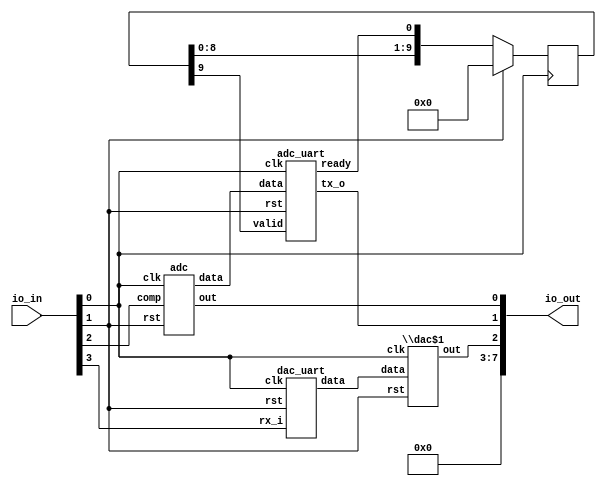
/* Generated by Yosys 0.22+1 (git sha1 c4a52b1b0, clang 14.0.0-1ubuntu1 -fPIC -Os) */

module adamgreig_tt02_adc_dac(io_in, io_out);
  reg \$auto$verilog_backend.cc:2083:dump_module$1  = 0;
  wire adc_comp;
  wire [11:0] adc_data;
  wire adc_out;
  wire [11:0] adc_uart_data;
  wire adc_uart_ready;
  wire adc_uart_tx_o;
  wire adc_uart_valid;
  wire clk;
  wire [7:0] dac_data;
  wire dac_out;
  wire [7:0] dac_uart_data;
  wire dac_uart_rx_i;
  input [7:0] io_in;
  wire [7:0] io_in;
  output [7:0] io_out;
  wire [7:0] io_out;
  reg [9:0] ready_sr = 10'h000;
  reg [9:0] \ready_sr$next ;
  wire rst;
  always @(posedge clk)
    ready_sr <= \ready_sr$next ;
  adc adc (
    .clk(clk),
    .comp(adc_comp),
    .data(adc_data),
    .out(adc_out),
    .rst(rst)
  );
  adc_uart adc_uart (
    .clk(clk),
    .data(adc_uart_data),
    .ready(adc_uart_ready),
    .rst(rst),
    .tx_o(adc_uart_tx_o),
    .valid(adc_uart_valid)
  );
  \dac$1  dac (
    .clk(clk),
    .data(dac_data),
    .out(dac_out),
    .rst(rst)
  );
  dac_uart dac_uart (
    .clk(clk),
    .data(dac_uart_data),
    .rst(rst),
    .rx_i(dac_uart_rx_i)
  );
  always @* begin
    if (\$auto$verilog_backend.cc:2083:dump_module$1 ) begin end
    \ready_sr$next  = { ready_sr[8:0], adc_uart_ready };
    casez (rst)
      1'h1:
          \ready_sr$next  = 10'h000;
    endcase
  end
  assign dac_uart_rx_i = io_in[3];
  assign dac_data = dac_uart_data;
  assign adc_uart_valid = ready_sr[9];
  assign adc_uart_data = adc_data;
  assign io_out[2] = dac_out;
  assign io_out[1] = adc_uart_tx_o;
  assign io_out[0] = adc_out;
  assign io_out[7:3] = 5'h00;
  assign adc_comp = io_in[2];
  assign rst = io_in[1];
  assign clk = io_in[0];
endmodule

module adc(rst, comp, out, data, clk);
  reg \$auto$verilog_backend.cc:2083:dump_module$2  = 0;
  wire [12:0] \$1 ;
  wire [12:0] \$2 ;
  wire [12:0] \$4 ;
  wire [12:0] \$5 ;
  input clk;
  wire clk;
  input comp;
  wire comp;
  wire [11:0] dac_data;
  wire dac_out;
  output [11:0] data;
  reg [11:0] data = 12'h000;
  reg [11:0] \data$next ;
  output out;
  wire out;
  input rst;
  wire rst;
  assign \$2  = data - 1'h1;
  assign \$5  = data + 1'h1;
  always @(posedge clk)
    data <= \data$next ;
  dac dac (
    .clk(clk),
    .data(dac_data),
    .out(dac_out),
    .rst(rst)
  );
  always @* begin
    if (\$auto$verilog_backend.cc:2083:dump_module$2 ) begin end
    (* full_case = 32'd1 *)
    casez (comp)
      1'h1:
          \data$next  = \$2 [11:0];
      default:
          \data$next  = \$5 [11:0];
    endcase
    casez (rst)
      1'h1:
          \data$next  = 12'h000;
    endcase
  end
  assign \$1  = \$2 ;
  assign \$4  = \$5 ;
  assign dac_data = data;
  assign out = dac_out;
endmodule

module adc_uart(rst, tx_o, data, ready, valid, clk);
  reg \$auto$verilog_backend.cc:2083:dump_module$3  = 0;
  wire \$1 ;
  wire [8:0] \$10 ;
  wire [7:0] \$3 ;
  wire [6:0] \$4 ;
  wire [8:0] \$7 ;
  wire [7:0] \$8 ;
  input clk;
  wire clk;
  input [11:0] data;
  wire [11:0] data;
  reg [11:0] data_reg = 12'h000;
  reg [11:0] \data_reg$next ;
  reg [2:0] fsm_state = 3'h0;
  reg [2:0] \fsm_state$next ;
  reg [3:0] nibble;
  output ready;
  reg ready;
  input rst;
  wire rst;
  output tx_o;
  wire tx_o;
  reg [7:0] uart_data;
  wire uart_ready;
  wire uart_tx_o;
  reg uart_valid;
  input valid;
  wire valid;
  assign \$10  = \$8  - 4'ha;
  always @(posedge clk)
    data_reg <= \data_reg$next ;
  always @(posedge clk)
    fsm_state <= \fsm_state$next ;
  assign \$1  = nibble < 4'ha;
  assign \$4  = nibble + 6'h30;
  assign \$3  = + \$4 ;
  assign \$8  = nibble + 7'h41;
  uart uart (
    .clk(clk),
    .data(uart_data),
    .ready(uart_ready),
    .rst(rst),
    .tx_o(uart_tx_o),
    .valid(uart_valid)
  );
  always @* begin
    if (\$auto$verilog_backend.cc:2083:dump_module$3 ) begin end
    (* full_case = 32'd1 *)
    casez (\$1 )
      1'h1:
          uart_data = \$3 ;
      default:
          uart_data = \$10 [7:0];
    endcase
    casez (fsm_state)
      3'h0:
          /* empty */;
      3'h1:
          /* empty */;
      3'h2:
          /* empty */;
      3'h3:
          /* empty */;
      3'h4:
          uart_data = 8'h0a;
    endcase
  end
  always @* begin
    if (\$auto$verilog_backend.cc:2083:dump_module$3 ) begin end
    ready = 1'h0;
    casez (fsm_state)
      3'h0:
          ready = uart_ready;
    endcase
  end
  always @* begin
    if (\$auto$verilog_backend.cc:2083:dump_module$3 ) begin end
    \data_reg$next  = data_reg;
    casez (fsm_state)
      3'h0:
          \data_reg$next  = data;
    endcase
    casez (rst)
      1'h1:
          \data_reg$next  = 12'h000;
    endcase
  end
  always @* begin
    if (\$auto$verilog_backend.cc:2083:dump_module$3 ) begin end
    \fsm_state$next  = fsm_state;
    casez (fsm_state)
      3'h0:
          casez (valid)
            1'h1:
                \fsm_state$next  = 3'h1;
          endcase
      3'h1:
          casez (uart_ready)
            1'h1:
                \fsm_state$next  = 3'h2;
          endcase
      3'h2:
          casez (uart_ready)
            1'h1:
                \fsm_state$next  = 3'h3;
          endcase
      3'h3:
          casez (uart_ready)
            1'h1:
                \fsm_state$next  = 3'h4;
          endcase
      3'h4:
          casez (uart_ready)
            1'h1:
                \fsm_state$next  = 3'h0;
          endcase
    endcase
    casez (rst)
      1'h1:
          \fsm_state$next  = 3'h0;
    endcase
  end
  always @* begin
    if (\$auto$verilog_backend.cc:2083:dump_module$3 ) begin end
    nibble = 4'h0;
    casez (fsm_state)
      3'h0:
          /* empty */;
      3'h1:
          nibble = data_reg[11:8];
      3'h2:
          nibble = data_reg[7:4];
      3'h3:
          nibble = data_reg[3:0];
    endcase
  end
  always @* begin
    if (\$auto$verilog_backend.cc:2083:dump_module$3 ) begin end
    uart_valid = 1'h0;
    casez (fsm_state)
      3'h0:
          /* empty */;
      3'h1:
          uart_valid = 1'h1;
      3'h2:
          uart_valid = 1'h1;
      3'h3:
          uart_valid = 1'h1;
      3'h4:
          uart_valid = 1'h1;
    endcase
  end
  assign \$7  = \$10 ;
  assign tx_o = uart_tx_o;
endmodule

module dac(rst, out, data, clk);
  reg \$auto$verilog_backend.cc:2083:dump_module$4  = 0;
  wire [12:0] \$1 ;
  reg [12:0] acc = 13'h0000;
  reg [12:0] \acc$next ;
  input clk;
  wire clk;
  input [11:0] data;
  wire [11:0] data;
  output out;
  wire out;
  input rst;
  wire rst;
  assign \$1  = acc[11:0] + data;
  always @(posedge clk)
    acc <= \acc$next ;
  always @* begin
    if (\$auto$verilog_backend.cc:2083:dump_module$4 ) begin end
    \acc$next  = \$1 ;
    casez (rst)
      1'h1:
          \acc$next  = 13'h0000;
    endcase
  end
  assign out = acc[12];
endmodule

module \dac$1 (rst, out, data, clk);
  reg \$auto$verilog_backend.cc:2083:dump_module$5  = 0;
  wire [8:0] \$1 ;
  reg [8:0] acc = 9'h000;
  reg [8:0] \acc$next ;
  input clk;
  wire clk;
  input [7:0] data;
  wire [7:0] data;
  output out;
  wire out;
  input rst;
  wire rst;
  assign \$1  = acc[7:0] + data;
  always @(posedge clk)
    acc <= \acc$next ;
  always @* begin
    if (\$auto$verilog_backend.cc:2083:dump_module$5 ) begin end
    \acc$next  = \$1 ;
    casez (rst)
      1'h1:
          \acc$next  = 9'h000;
    endcase
  end
  assign out = acc[8];
endmodule

module dac_uart(rst, data, rx_i, clk);
  reg \$auto$verilog_backend.cc:2083:dump_module$6  = 0;
  wire \$1 ;
  wire \$10 ;
  wire [4:0] \$12 ;
  wire [4:0] \$13 ;
  wire \$15 ;
  wire \$17 ;
  wire \$19 ;
  wire \$21 ;
  wire \$23 ;
  wire \$25 ;
  wire \$27 ;
  wire [4:0] \$3 ;
  wire [4:0] \$4 ;
  wire \$6 ;
  wire \$8 ;
  reg [3:0] bit_idx = 4'h0;
  reg [3:0] \bit_idx$next ;
  input clk;
  wire clk;
  reg [3:0] ctr = 4'h0;
  reg [3:0] \ctr$next ;
  output [7:0] data;
  reg [7:0] data = 8'h00;
  reg [7:0] \data$next ;
  reg fsm_state = 1'h0;
  reg \fsm_state$next ;
  input rst;
  wire rst;
  input rx_i;
  wire rx_i;
  reg [7:0] sr = 8'h00;
  reg [7:0] \sr$next ;
  reg valid = 1'h0;
  reg \valid$next ;
  assign \$10  = ~ rx_i;
  assign \$13  = ctr - 1'h1;
  assign \$15  = ! ctr;
  assign \$17  = ~ rx_i;
  assign \$1  = ! ctr;
  assign \$19  = ! ctr;
  assign \$21  = bit_idx == 4'h8;
  assign \$23  = ! ctr;
  assign \$25  = ! ctr;
  assign \$27  = bit_idx == 4'h8;
  always @(posedge clk)
    bit_idx <= \bit_idx$next ;
  always @(posedge clk)
    valid <= \valid$next ;
  always @(posedge clk)
    ctr <= \ctr$next ;
  always @(posedge clk)
    fsm_state <= \fsm_state$next ;
  always @(posedge clk)
    sr <= \sr$next ;
  always @(posedge clk)
    data <= \data$next ;
  assign \$4  = bit_idx + 1'h1;
  assign \$6  = ! ctr;
  assign \$8  = bit_idx == 4'h8;
  always @* begin
    if (\$auto$verilog_backend.cc:2083:dump_module$6 ) begin end
    \bit_idx$next  = bit_idx;
    (* full_case = 32'd1 *)
    casez (fsm_state)
      1'h0:
          \bit_idx$next  = 4'h0;
      1'h1:
          casez (\$1 )
            1'h1:
                \bit_idx$next  = \$4 [3:0];
          endcase
    endcase
    casez (rst)
      1'h1:
          \bit_idx$next  = 4'h0;
    endcase
  end
  always @* begin
    if (\$auto$verilog_backend.cc:2083:dump_module$6 ) begin end
    \valid$next  = valid;
    (* full_case = 32'd1 *)
    casez (fsm_state)
      1'h0:
          \valid$next  = 1'h0;
      1'h1:
          casez (\$6 )
            1'h1:
                casez (\$8 )
                  1'h1:
                      \valid$next  = 1'h1;
                endcase
          endcase
    endcase
    casez (rst)
      1'h1:
          \valid$next  = 1'h0;
    endcase
  end
  always @* begin
    if (\$auto$verilog_backend.cc:2083:dump_module$6 ) begin end
    \ctr$next  = ctr;
    (* full_case = 32'd1 *)
    casez (fsm_state)
      1'h0:
          casez (\$10 )
            1'h1:
                \ctr$next  = 4'he;
          endcase
      1'h1:
        begin
          \ctr$next  = \$13 [3:0];
          casez (\$15 )
            1'h1:
                \ctr$next  = 4'h9;
          endcase
        end
    endcase
    casez (rst)
      1'h1:
          \ctr$next  = 4'h0;
    endcase
  end
  always @* begin
    if (\$auto$verilog_backend.cc:2083:dump_module$6 ) begin end
    \fsm_state$next  = fsm_state;
    (* full_case = 32'd1 *)
    casez (fsm_state)
      1'h0:
          casez (\$17 )
            1'h1:
                \fsm_state$next  = 1'h1;
          endcase
      1'h1:
          casez (\$19 )
            1'h1:
                casez (\$21 )
                  1'h1:
                      \fsm_state$next  = 1'h0;
                endcase
          endcase
    endcase
    casez (rst)
      1'h1:
          \fsm_state$next  = 1'h0;
    endcase
  end
  always @* begin
    if (\$auto$verilog_backend.cc:2083:dump_module$6 ) begin end
    \sr$next  = sr;
    (* full_case = 32'd1 *)
    casez (fsm_state)
      1'h0:
          /* empty */;
      1'h1:
          casez (\$23 )
            1'h1:
                \sr$next  = { rx_i, sr[7:1] };
          endcase
    endcase
    casez (rst)
      1'h1:
          \sr$next  = 8'h00;
    endcase
  end
  always @* begin
    if (\$auto$verilog_backend.cc:2083:dump_module$6 ) begin end
    \data$next  = data;
    (* full_case = 32'd1 *)
    casez (fsm_state)
      1'h0:
          /* empty */;
      1'h1:
          casez (\$25 )
            1'h1:
                casez (\$27 )
                  1'h1:
                      \data$next  = sr;
                endcase
          endcase
    endcase
    casez (rst)
      1'h1:
          \data$next  = 8'h00;
    endcase
  end
  assign \$3  = \$4 ;
  assign \$12  = \$13 ;
endmodule

module uart(rst, tx_o, data, ready, valid, clk);
  reg \$auto$verilog_backend.cc:2083:dump_module$7  = 0;
  wire \$1 ;
  wire \$3 ;
  wire \$5 ;
  wire [4:0] \$7 ;
  wire [4:0] \$8 ;
  input clk;
  wire clk;
  input [7:0] data;
  wire [7:0] data;
  output ready;
  reg ready;
  input rst;
  wire rst;
  reg [3:0] tx_cnt = 4'h0;
  reg [3:0] \tx_cnt$next ;
  output tx_o;
  wire tx_o;
  reg [9:0] tx_reg = 10'h001;
  reg [9:0] \tx_reg$next ;
  input valid;
  wire valid;
  always @(posedge clk)
    tx_reg <= \tx_reg$next ;
  always @(posedge clk)
    tx_cnt <= \tx_cnt$next ;
  assign \$1  = ! tx_cnt;
  assign \$3  = ! tx_cnt;
  assign \$5  = ! tx_cnt;
  assign \$8  = tx_cnt - 1'h1;
  always @* begin
    if (\$auto$verilog_backend.cc:2083:dump_module$7 ) begin end
    (* full_case = 32'd1 *)
    casez (\$1 )
      1'h1:
          ready = 1'h1;
      default:
          ready = 1'h0;
    endcase
  end
  always @* begin
    if (\$auto$verilog_backend.cc:2083:dump_module$7 ) begin end
    \tx_reg$next  = tx_reg;
    (* full_case = 32'd1 *)
    casez (\$3 )
      1'h1:
          casez (valid)
            1'h1:
                \tx_reg$next  = { 1'h1, data, 1'h0 };
          endcase
      default:
          \tx_reg$next  = { 1'h1, tx_reg[9:1] };
    endcase
    casez (rst)
      1'h1:
          \tx_reg$next  = 10'h001;
    endcase
  end
  always @* begin
    if (\$auto$verilog_backend.cc:2083:dump_module$7 ) begin end
    \tx_cnt$next  = tx_cnt;
    (* full_case = 32'd1 *)
    casez (\$5 )
      1'h1:
          casez (valid)
            1'h1:
                \tx_cnt$next  = 4'ha;
          endcase
      default:
          \tx_cnt$next  = \$8 [3:0];
    endcase
    casez (rst)
      1'h1:
          \tx_cnt$next  = 4'h0;
    endcase
  end
  assign \$7  = \$8 ;
  assign tx_o = tx_reg[0];
endmodule